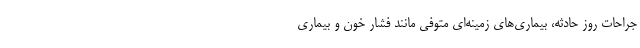
جراحات روز حادثه، بیماری‌های زمینه‌ای متوفی مانند فشار خون و بیماری